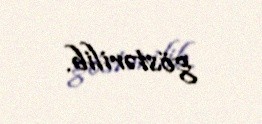
göstərilib.